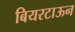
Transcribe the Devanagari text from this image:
बियरटाऊन